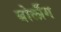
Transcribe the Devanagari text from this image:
बोर्लौग